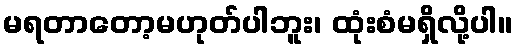
မရတာတော့မဟုတ်ပါဘူး၊ ထုံးစံမရှိလို့ပါ။